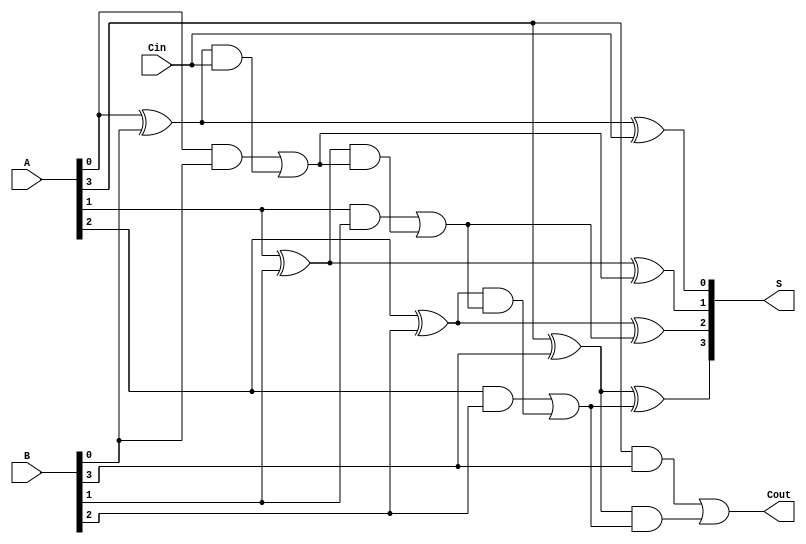
module ManchesterCarryChainAdder #(parameter N = 4) (
    input [N-1:0] A,       // N-bit input A
    input [N-1:0] B,       // N-bit input B
    input Cin,             // Carry-in
    output [N-1:0] S,      // N-bit Sum output
    output Cout            // Carry-out
);

    wire [N:0] C; // Carry signals (C[0] = Cin, C[N] = Cout)

    // Generate carry signals using the Manchester carry generation logic
    assign C[0] = Cin; // Initial carry is the carry-in

    genvar i;
    generate
        for (i = 0; i < N; i = i + 1) begin : carry_gen
            assign C[i+1] = (A[i] & B[i]) | ((A[i] ^ B[i]) & C[i]);
        end
    endgenerate

    // Compute sum for each bit position
    generate
        for (i = 0; i < N; i = i + 1) begin : sum_gen
            assign S[i] = A[i] ^ B[i] ^ C[i];
        end
    endgenerate

    // Carry-out is the last carry generated
    assign Cout = C[N];

endmodule